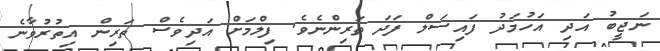
ނަޖީބު އަދި އަހުމަދު ފައިސަލް ފަދަ ތަރިންނެވެ. ފިލްމަށް އަދިވެސް ތަރިން އިތުރުވާނެ